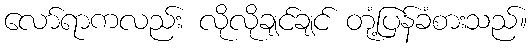
လော်ရာကလည်း လိုလိုချင်ချင် တုံ့ပြန်ခံစားသည်။